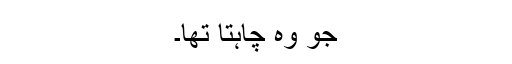
جو وہ چاہتا تھا۔